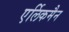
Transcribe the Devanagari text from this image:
एर्लिकमैन